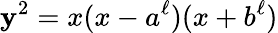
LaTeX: \mathbf{y}^{2}=x(x-a^{\ell})(x+b^{\ell})